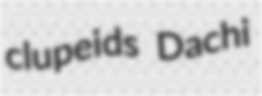
clupeids Dachi